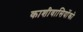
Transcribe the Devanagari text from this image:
काशीवासियोंको